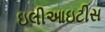
ઇલીઆઇટીસ